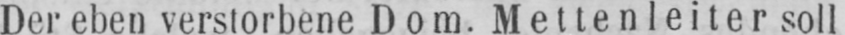
Der eben verstorbene Dom. Mettenleiter soll